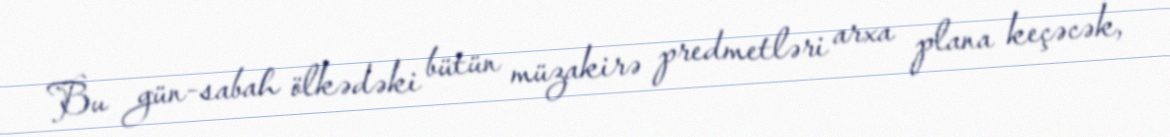
Bu gün-sabah ölkədəki bütün müzakirə predmetləri arxa plana keçəcək,